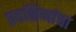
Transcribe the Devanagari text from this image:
प्रदक्षिणांचा